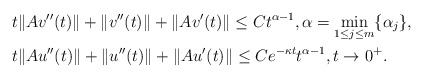
\begin{align*} & t\|Av''(t)\| + \|v''(t)\| + \|Av'(t)\| \leq C t^{\alpha-1}, \alpha=\min\limits_{1 \leq j \leq m}\{\alpha_j\}, \\ & t\|Au''(t)\| + \|u''(t)\| + \|Au'(t)\| \leq C e^{-\kappa t}t^{\alpha-1}, t \rightarrow 0^{+}. \end{align*}